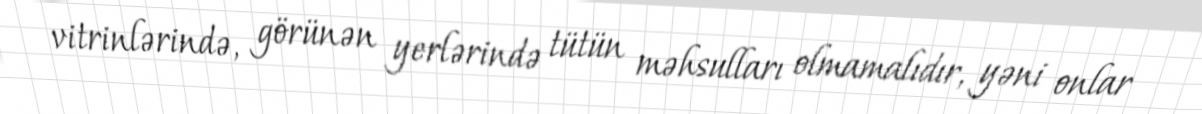
vitrinlərində, görünən yerlərində tütün məhsulları olmamalıdır, yəni onlar